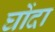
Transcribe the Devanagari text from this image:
घोंदा